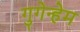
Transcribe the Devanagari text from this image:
गुगेन्हेम